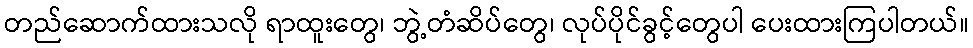
တည်ဆောက်ထားသလို ရာထူးတွေ၊ ဘွဲ့တံဆိပ်တွေ၊ လုပ်ပိုင်ခွင့်တွေပါ ပေးထားကြပါတယ်။